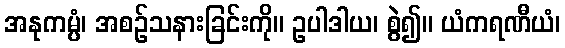
အနုကမ္ပံ၊ အစဉ်သနားခြင်းကို။ ဥပါဒါယ၊ စွဲ၍။ ယံကရဏီယံ၊